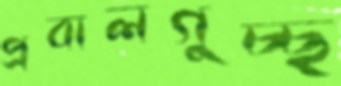
প্রবালগুচ্ছ